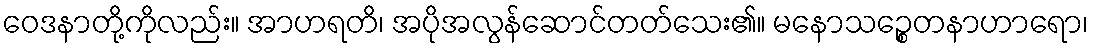
ဝေဒနာတို့ကိုလည်း။ အာဟရတိ၊ အပိုအလွန်ဆောင်တတ်သေး၏။ မနောသဉ္စေတနာဟာရော၊